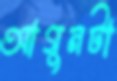
আগুনটা